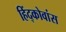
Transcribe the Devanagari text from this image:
हिंद्कोवांस